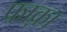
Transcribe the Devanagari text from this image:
फाक़ा